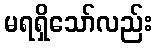
မရရှိသော်လည်း